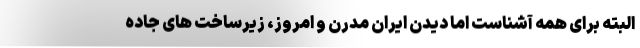
البته برای همه آشناست اما دیدن ایران مدرن و امروز، زیرساخت های جاده